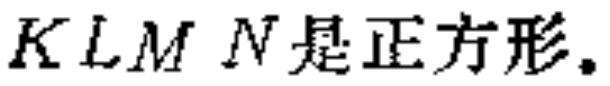
$KLMN是正方形。$